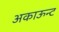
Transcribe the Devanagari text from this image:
अकाऊन्ट